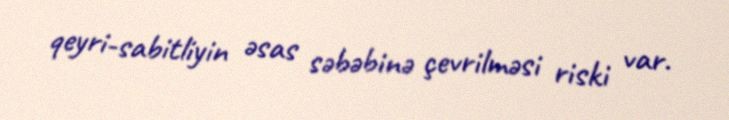
qeyri-sabitliyin əsas səbəbinə çevrilməsi riski var.